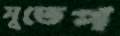
সুতেপ